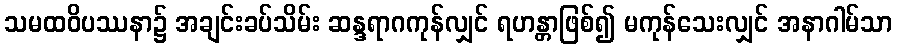
သမထဝိပဿနာ၌ အချင်းခပ်သိမ်း ဆန္ဒရာဂကုန်လျှင် ရဟန္တာဖြစ်၍ မကုန်သေးလျှင် အနာဂါမ်သာ